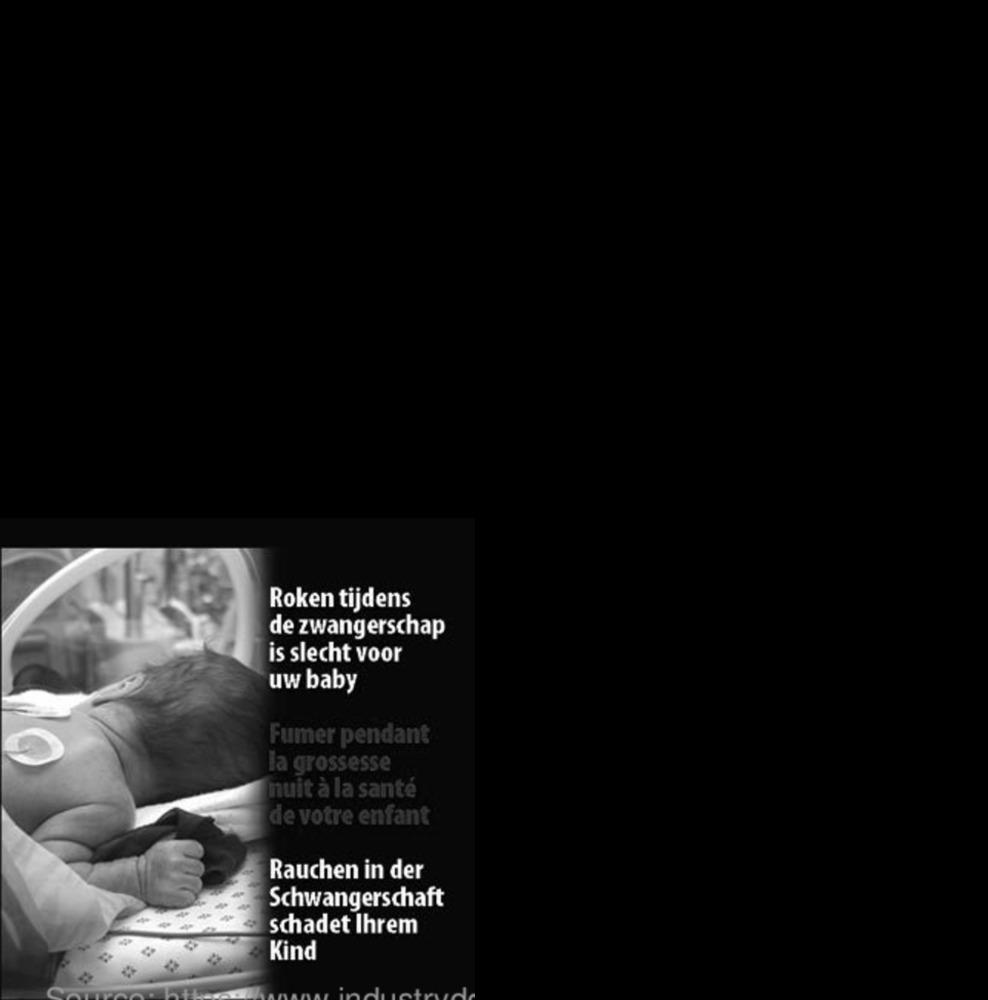
Roken tijdens
de zwangerschap
is slecht voor
uw baby
Fumer pendant
la grossesse
nuit à la santé
de votre enfant
Rauchen in der
Schwangerschaft
schadet Ihrem
Kind